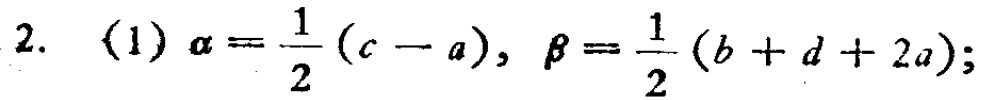
2. (1) \(\alpha=\frac{1}{2}(c - a),\ \beta=\frac{1}{2}(b + d + 2a);\)